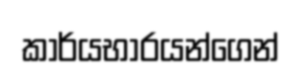
කාර්යභාරයන්ගෙන්